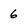
Character: 6